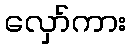
လှော်ကား